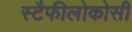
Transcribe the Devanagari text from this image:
स्टैफीलोकोसी